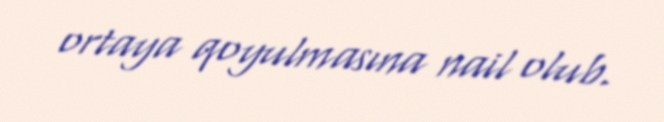
ortaya qoyulmasına nail olub.